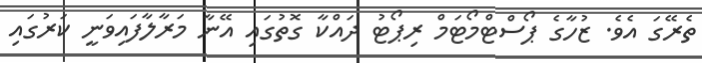
ތެރޭގަ އެވެ. ޒުހާގެ ޕޯސްޓްމޯޓަމް ރިޕޯޓު ދައްކާ ގޮތުގައި އޭނާ މަރާލާފައިވަނީ ކަރުގައި